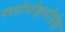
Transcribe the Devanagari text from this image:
क्लोपोइदोग्रेल